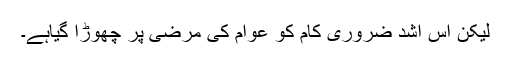
لیکن اس اشد ضروری کام کو عوام کی مرضی پر چھوڑا گیاہے۔